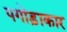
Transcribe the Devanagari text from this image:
पगोड़ाकार